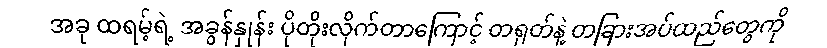
အခု ထရမ့်ရဲ့ အခွန်နှုန်း ပိုတိုးလိုက်တာကြောင့် တရုတ်နဲ့ တခြားအပ်ထည်တွေကို